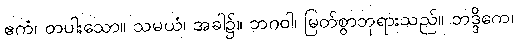
ဧကံ၊ တပါးသော။ သမယံ၊ အခါ၌။ ဘဂဝါ၊ မြတ်စွာဘုရားသည်။ ဘဒ္ဒိကေ၊